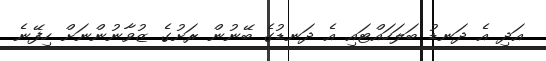
އަދި އެ ދަނޑު ބަލަހައްޓައި އެ ދަނޑުގެ ބޭނުން ރަށުގެ ޒުވާނުންނަށް ހިފޭނެ